Indian journal of veterinary science and animal husbandry - Volumes 15-17, 1948-1951
Year: 1948
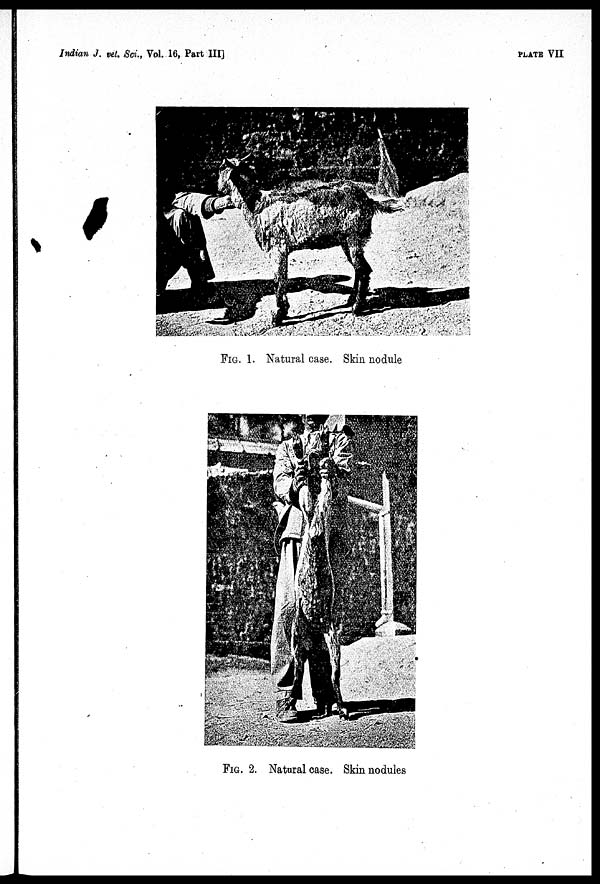
Indian J. vet. Sci., Vol. 16, Part III]
PLATE VII
FIG. 1. Natural case. Skin nodule
FIG. 2. Natural case. Skin nodules